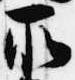
所